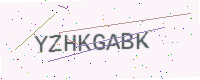
Text: YZHKGABK